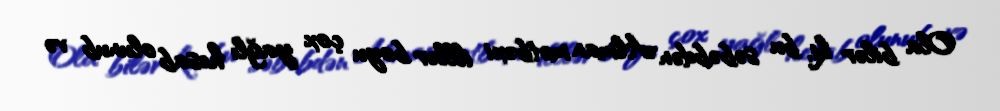
Ola bilər ki, bu səbəbdən Alman mətbəxi illlər boyu çox yağlı hesab olunub və